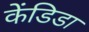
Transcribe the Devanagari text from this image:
केंडिडा